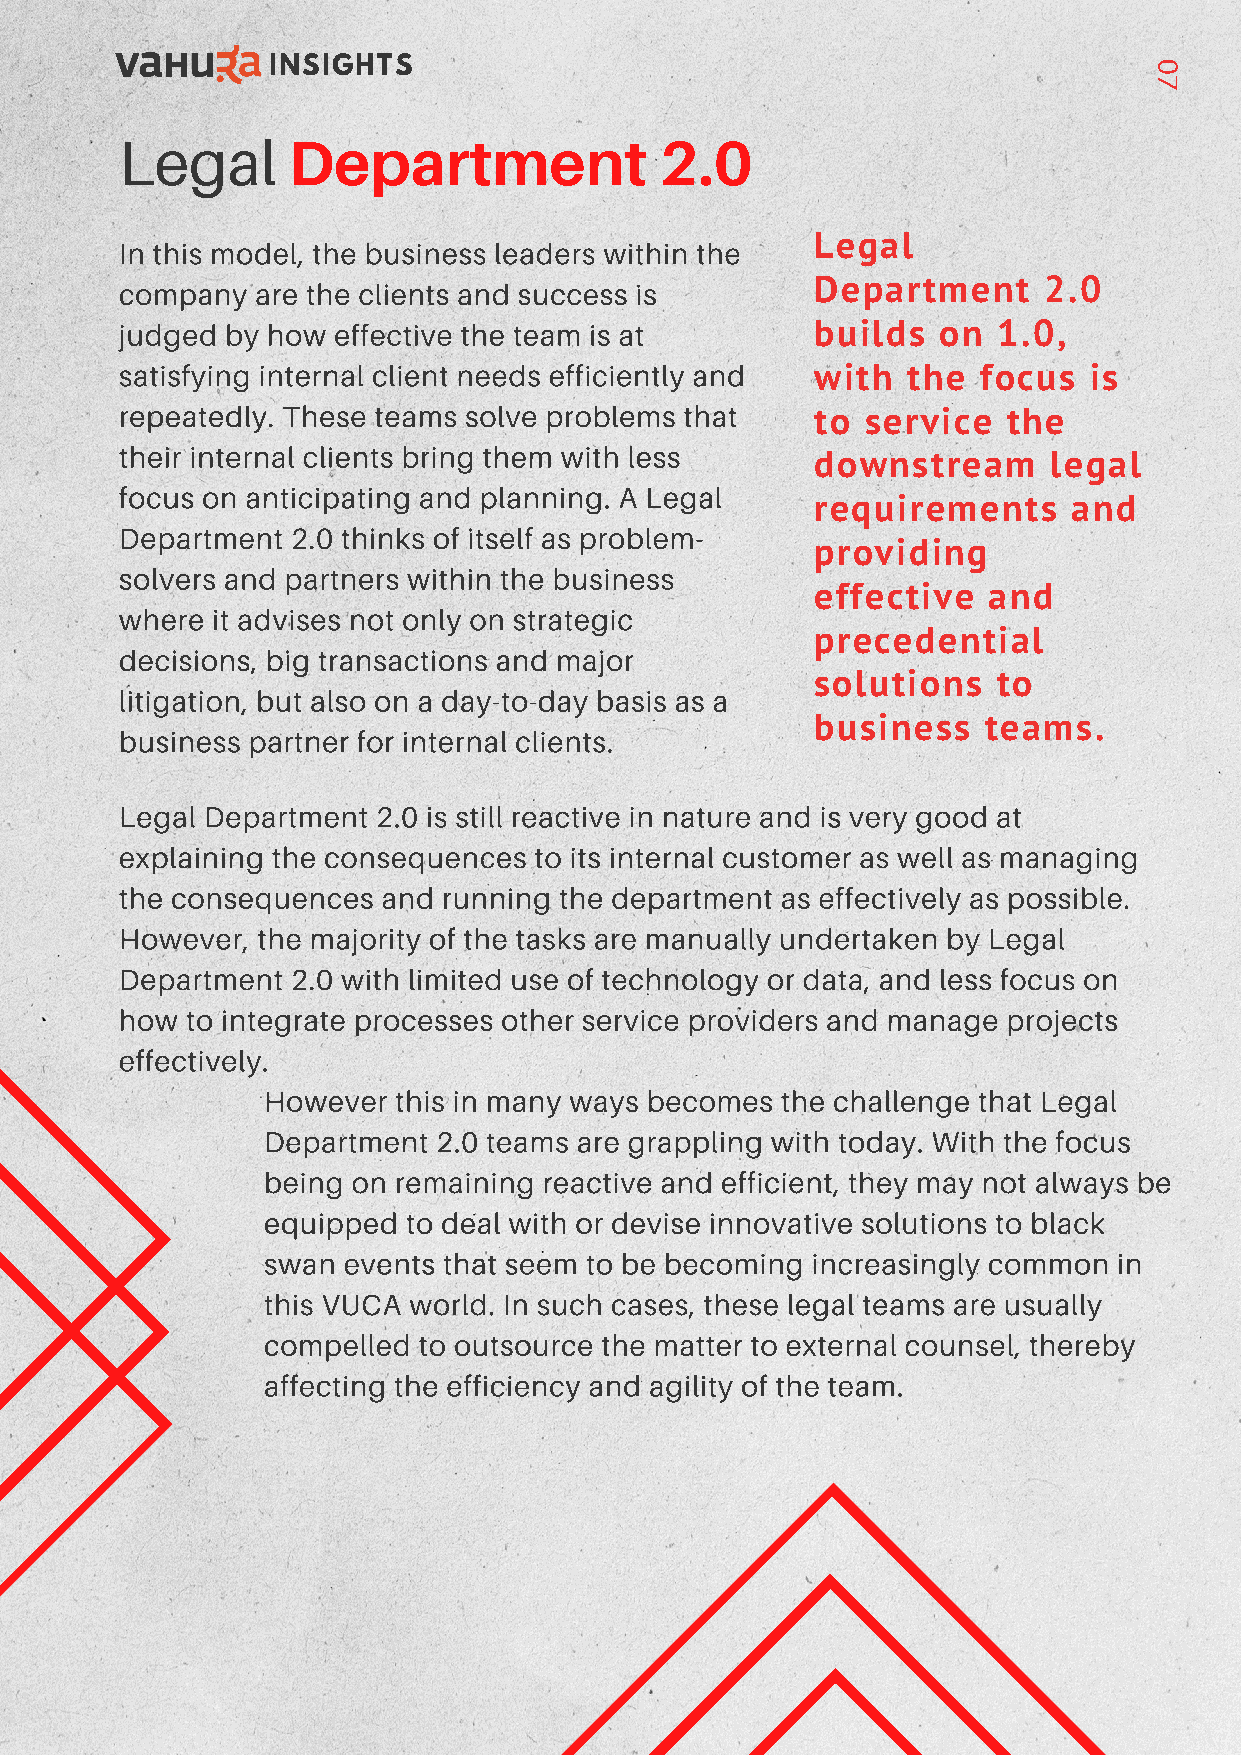
INSIGHTS                                                   0
 7
 Legal
 Department               2.0
 In this model, the business leaders within the Legal
 company  are the clients and success is       Department     2.0
 judged by how effective the team is at        builds  on  1.0,
 satisfying internal client needs efficiently and with the focus is
 repeatedly. These teams solve problems that
 to service   the
 their internal clients bring them with less
 downstream      legal
 focus on anticipating and planning. A Legal
 requirements     and
 Department 2.0 thinks of itself as problem-
 providing
 solvers and partners within the business
 effective  and
 where it advises not only on strategic
 precedential
 decisions, big transactions and major
 solutions   to
 litigation, but also on a day-to-day basis as a
 business   teams.
 business partner for internal clients.
 Legal Department 2.0 is still reactive in nature and is very good at
 explaining the consequences to its internal customer as well as managing
 the consequences and running the department as effectively as possible.
 However, the majority of the tasks are manually undertaken by Legal
 Department 2.0 with limited use of technology or data, and less focus on
 how to integrate processes other service providers and manage projects
 effectively.
 However  this in many ways becomes the challenge that Legal
 Department  2.0 teams are grappling with today. With the focus
 being on remaining reactive and efficient, they may not always be
 equipped  to deal with or devise innovative solutions to black
 swan  events that seem to be becoming increasingly common in
 this VUCA world. In such cases, these legal teams are usually
 compelled  to outsource the matter to external counsel, thereby
 affecting the efficiency and agility of the team.